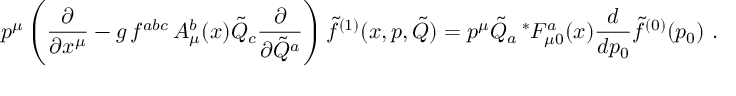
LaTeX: p ^ { \mu } \left( { \frac { \partial } { \partial x ^ { \mu } } } - g \, f ^ { a b c } \, A _ { \mu } ^ { b } ( x ) { \tilde { Q } } _ { c } { \frac { \partial } { \partial { \tilde { Q } } ^ { a } } } \right) { \tilde { f } } ^ { ( 1 ) } ( x , p , { \tilde { Q } } ) = p ^ { \mu } { \tilde { Q } } _ { a } \, ^ { * } F _ { \mu 0 } ^ { a } ( x ) { \frac { d } { d p _ { 0 } } } { \tilde { f } } ^ { ( 0 ) } ( p _ { 0 } ) \ .